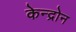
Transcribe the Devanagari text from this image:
केन्द्रोन